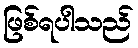
ဖြစ်ရပါသည်